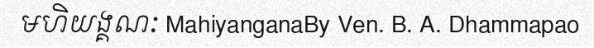
មហិយង្គណៈ MahiyanganaBy Ven. B. A. Dhammapao